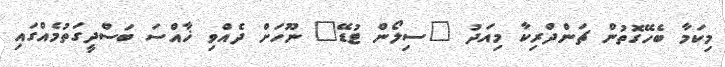
މިކަމާ ބެހޭގޮތުން ޗަންދްރިކާ މިއަދު "ސިލޯން ޓުޑޭ" ނޫހަށް ދެއްވި ޚާއްސަ ބަސްދީގަތުމެއްގައި